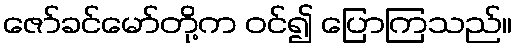
ဇော်ခင်မော်တို့က ဝင်၍ ပြောကြသည်။